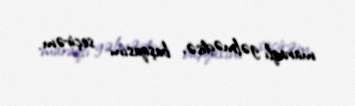
maraqlı gəlmədisə, başqasını seçirəm.